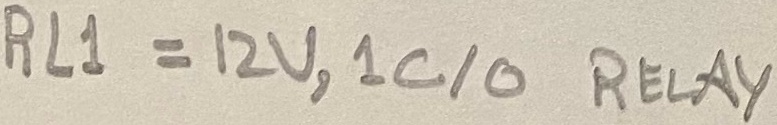
Text: RL1 = 12V, 1C/O Relay